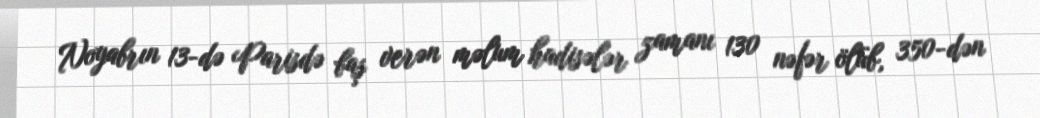
Noyabrın 13-də Parisdə baş verən məlum hadisələr zamanı 130 nəfər ölüb, 350-dən